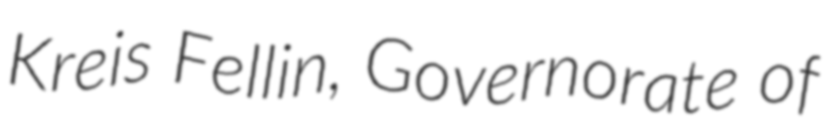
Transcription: Kreis Fellin, Governorate of